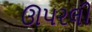
ઊપરલી